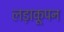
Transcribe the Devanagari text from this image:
लड़ाकूपन